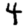
Digit: 4